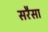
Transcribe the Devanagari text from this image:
सरैसा